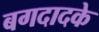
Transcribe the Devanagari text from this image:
बगदादके